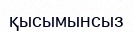
қысымынсыз